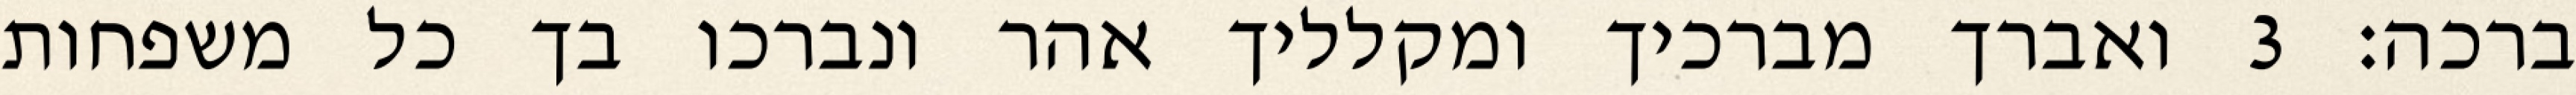
ברכה׃ ‎3‏ ואברך מברכיך ומקלליך אהר ונברכו בך כל משפחות